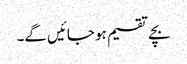
بچے تقسیم ہو جائیں گے۔